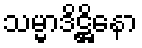
သမ္မာဒိဋ္ဌိနော